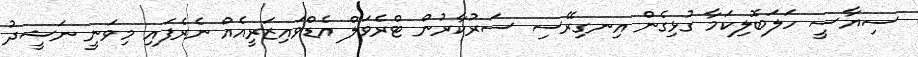
ސިޔާސީ ހަލަބޮލިކަމާ ގުޅިގެން އިނގިރޭސި ސަރުކާރުން ޓްރެވަލް އެޑްވައިޒަރީއެއް ނެރެފައި މިވަނީ ނަޝީދު